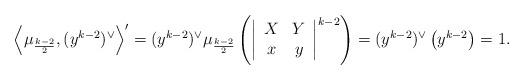
LaTeX: \begin{align*}\left\langle\mu_{\frac{k-2}{2}},(y^{k-2})^\vee\right\rangle'=(y^{k-2})^\vee\mu_{\frac{k-2}{2}}\left(\left|\begin{array}{cc}X&Y\\x&y\end{array}\right|^{k-2}\right)=(y^{k-2})^\vee\left(y^{k-2}\right)=1.\end{align*}